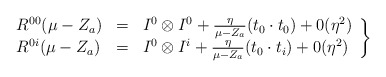
\begin{align*}\left.\begin{array}{lcl}R^{00} ( \mu - Z_a ) & = & I^0 \otimes I^0 + \frac{\eta}{\mu - Z_a} (t_0 \cdot t_0 ) + 0(\eta^2 ) \\R^{0i} ( \mu - Z_a ) & = & I^0 \otimes I^i + \frac{\eta}{\mu - Z_a} (t_0 \cdot t_i ) + 0(\eta^2 )\end{array}\right\}\end{align*}